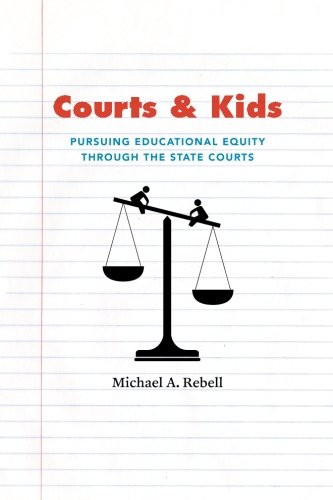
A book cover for Courts and Kids: Pursuing Educational Equity through the State Courts; Michael A. Rebell; Law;